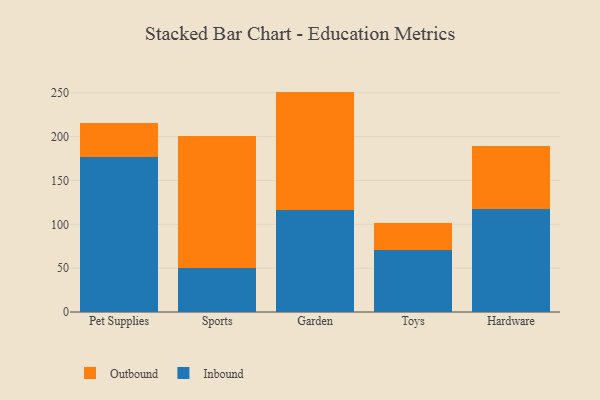
{"axis": {"x": "Category", "y": "Website Visitors"}, "legend": ["Inbound", "Outbound"], "data": [{"x": "Pet Supplies", "y": 176.5, "type": "Inbound"}, {"x": "Pet Supplies", "y": 39.3, "type": "Outbound"}, {"x": "Sports", "y": 50.5, "type": "Inbound"}, {"x": "Sports", "y": 150.5, "type": "Outbound"}, {"x": "Garden", "y": 116.3, "type": "Inbound"}, {"x": "Garden", "y": 135.1, "type": "Outbound"}, {"x": "Toys", "y": 71.1, "type": "Inbound"}, {"x": "Toys", "y": 30.8, "type": "Outbound"}, {"x": "Hardware", "y": 117.8, "type": "Inbound"}, {"x": "Hardware", "y": 71.6, "type": "Outbound"}]}